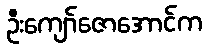
ဦးကျော်ဇောအောင်က